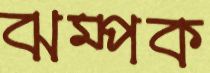
ঝম্পক